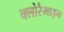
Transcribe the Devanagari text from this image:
क्लोरैमाइन